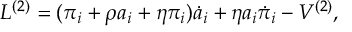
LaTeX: L ^ { ( 2 ) } = ( \pi _ { i } + \rho a _ { i } + \eta \pi _ { i } ) \dot { a } _ { i } + \eta a _ { i } \dot { \pi } _ { i } - V ^ { ( 2 ) } ,